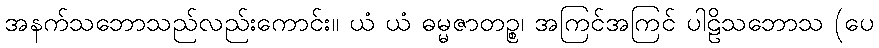
အနက်သဘောသည်လည်းကောင်း။ ယံ ယံ ဓမ္မဇာတဉ္စ၊ အကြင်အကြင် ပါဠိသဘောသ (ပေ